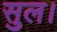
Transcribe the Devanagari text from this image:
सुल।